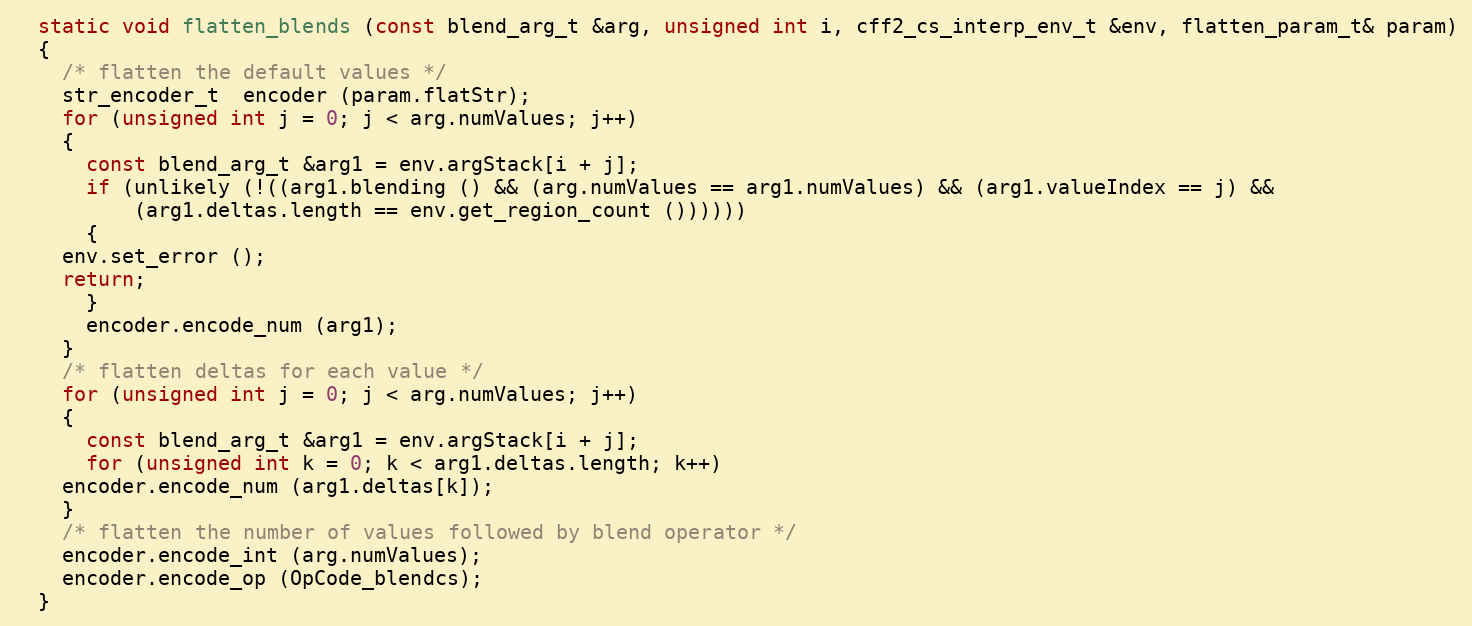
Language: C++
  static void flatten_blends (const blend_arg_t &arg, unsigned int i, cff2_cs_interp_env_t &env, flatten_param_t& param)
  {
    /* flatten the default values */
    str_encoder_t  encoder (param.flatStr);
    for (unsigned int j = 0; j < arg.numValues; j++)
    {
      const blend_arg_t &arg1 = env.argStack[i + j];
      if (unlikely (!((arg1.blending () && (arg.numValues == arg1.numValues) && (arg1.valueIndex == j) &&
	      (arg1.deltas.length == env.get_region_count ())))))
      {
	env.set_error ();
	return;
      }
      encoder.encode_num (arg1);
    }
    /* flatten deltas for each value */
    for (unsigned int j = 0; j < arg.numValues; j++)
    {
      const blend_arg_t &arg1 = env.argStack[i + j];
      for (unsigned int k = 0; k < arg1.deltas.length; k++)
	encoder.encode_num (arg1.deltas[k]);
    }
    /* flatten the number of values followed by blend operator */
    encoder.encode_int (arg.numValues);
    encoder.encode_op (OpCode_blendcs);
  }